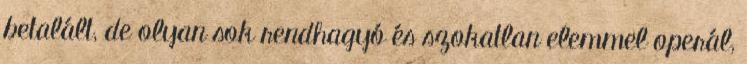
betalált, de olyan sok rendhagyó és szokatlan elemmel operál,